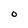
Character: O